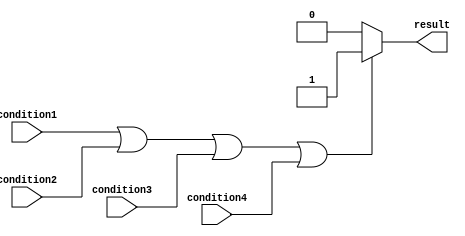
module if_else_logic_OR (
  input wire condition1,
  input wire condition2,
  input wire condition3,
  input wire condition4,
  output reg result
);

always @* begin
  if (condition1 || condition2 || condition3 || condition4) begin
    // execute corresponding set of actions when at least one condition is true
    result = 1;
  end
  else begin
    // execute other set of actions when all conditions are false
    result = 0;
  end
end

endmodule